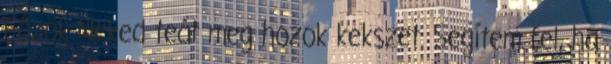
Főzök Neked teát meg hozok kekszet. Segítem fel, ha